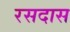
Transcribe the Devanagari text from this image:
रसदास